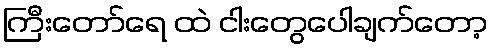
ကြီးတော်ရေ ထဲ ငါးတွေပေါချက်တော့